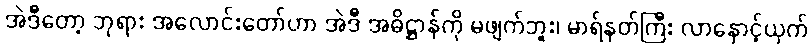
အဲဒီတော့ ဘုရား အလောင်းတော်ဟာ အဲဒီ အဓိဋ္ဌာန်ကို မဖျက်ဘူး၊ မာရ်နတ်ကြီး လာနှောင့်ယှက်